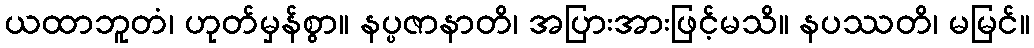
ယထာဘူတံ၊ ဟုတ်မှန်စွာ။ နပ္ပဇာနာတိ၊ အပြားအားဖြင့်မသိ။ နပဿတိ၊ မမြင်။